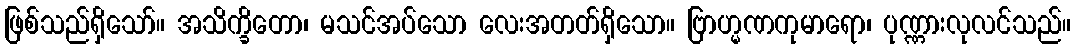
ဖြစ်သည်ရှိသော်။ အသိက္ခိတော၊ မသင်အပ်သော လေးအတတ်ရှိသော။ ဗြာဟ္မဏကုမာရော၊ ပုဏ္ဏားလုလင်သည်။